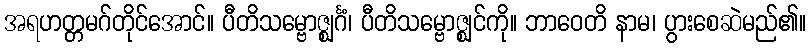
အရဟတ္တမဂ်တိုင်အောင်။ ပီတိသမ္ဗောဇ္ဈင်္ဂံ၊ ပီတိသမ္ဗောဇ္ဈင်ကို။ ဘာဝေတိ နာမ၊ ပွားစေဆဲမည်၏။